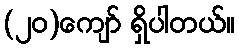
(၂၀)ကျော် ရှိပါတယ်။